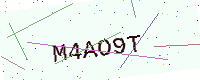
Text: M4AO9T